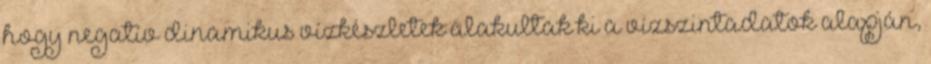
hogy negatív dinamikus vízkészletek alakultak ki a vízszintadatok alapján,